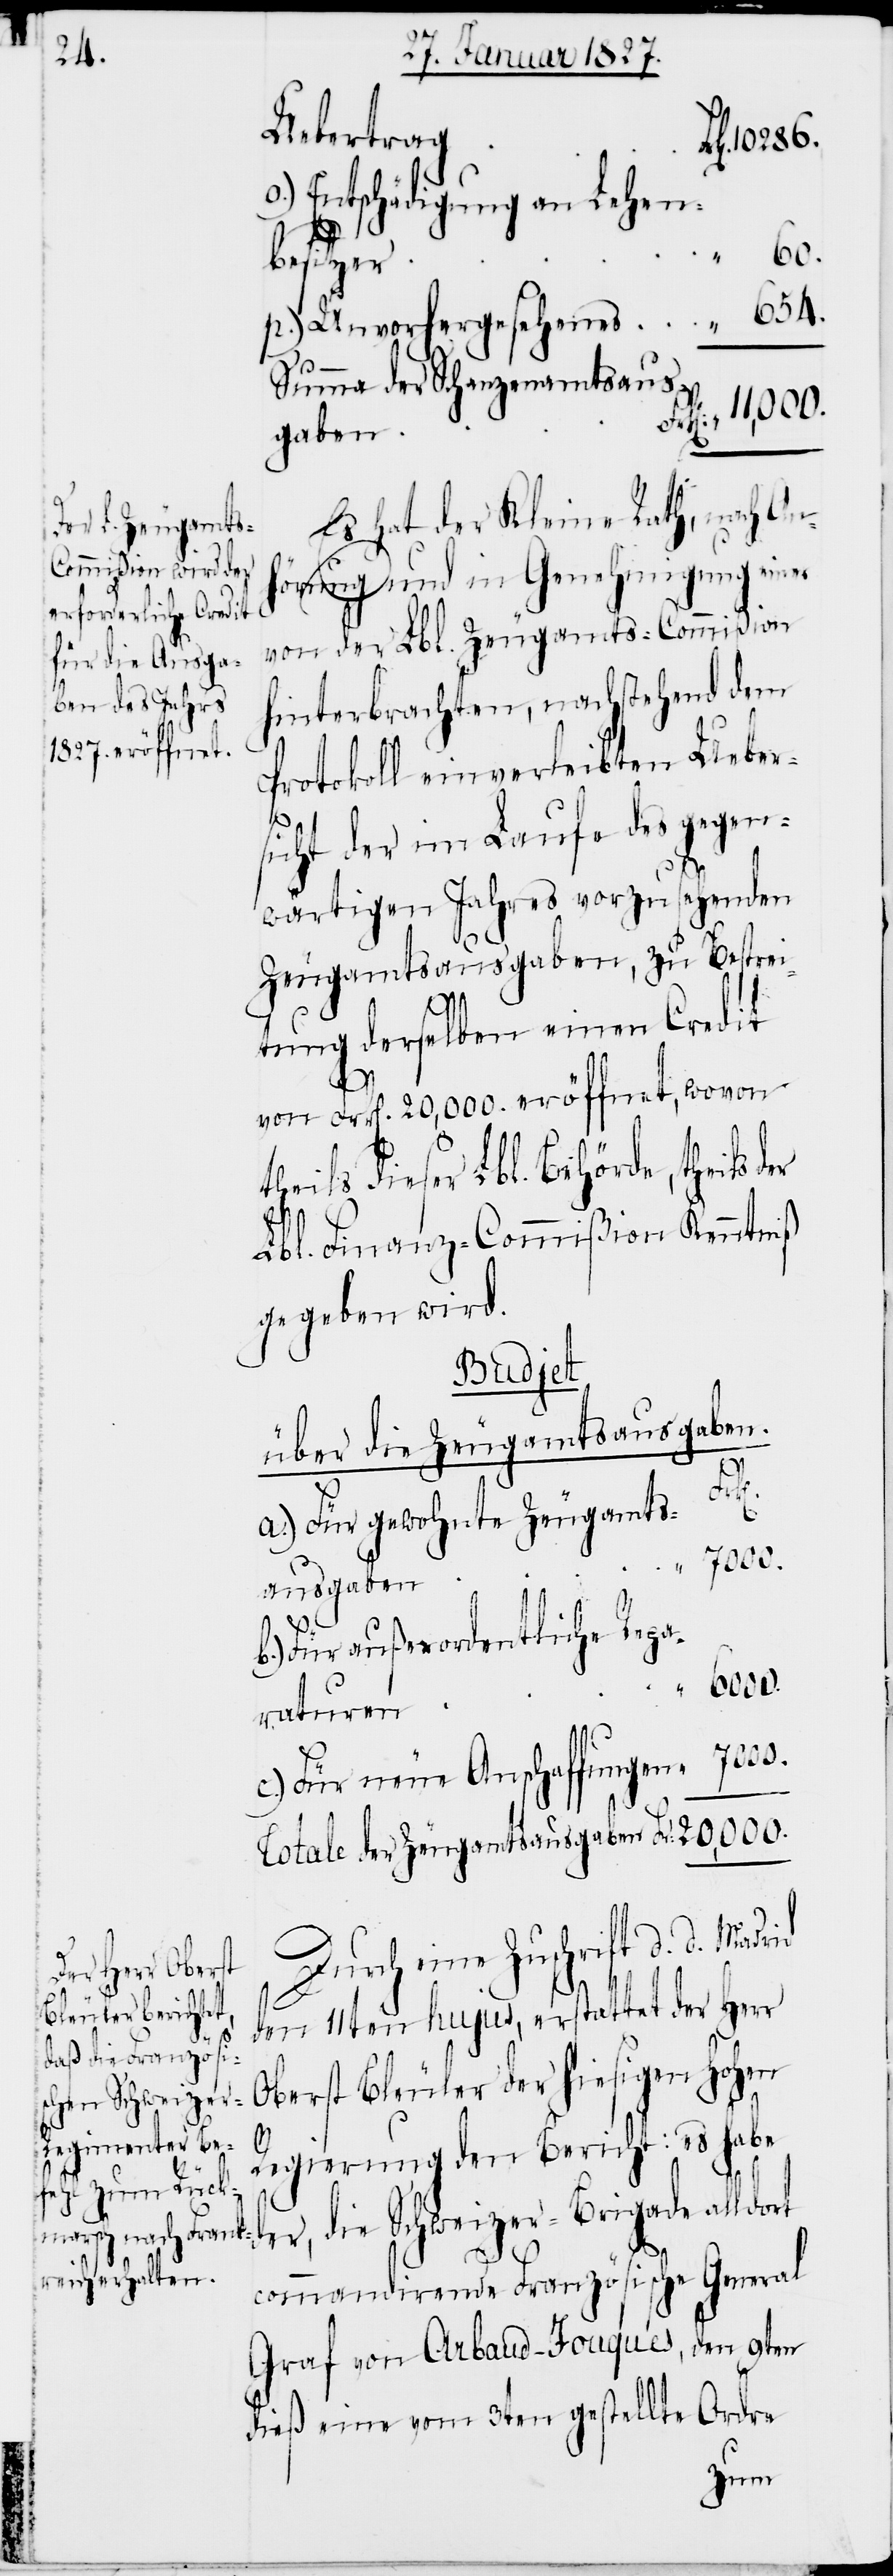
o.) Entschädigung an Lehen¬
besitzer
p.) Unvorhergesehenes
654.
Summe der Schanzenamtsaus¬
gaben
Es hat der Kleine Rath, nach An¬
der Zeugamts¬
hörung und in Genehmigung einer
von der Lbl. Zeugamts-Commißion
hinterbrachten, nachstehend dem
Protokoll einverleibten Ueber¬
sicht der im Laufe des gegen¬
wärtigen Jahres vorzusehenden
Zeugamtsausgaben, zu Bestrei¬
tung derselben einen Credit
von Frk[en]. 20,000. eröffnet, wovon
theils dieser Lbl. Behörde, theils d¬
Totale
Lbl. Finanz-Commißion Kenntniß
gegeben wird.
c.) Für neue
über die Zeugamtsausgaben.
Für
ausgaben
Für außerordentliche
Durch eine Zuschrift d. d. Madrid
den 11ten hujus, erstattet der Herr
Oberst Bleuler der hiesigen Hohen
Regierung den Bericht: es habe
der, die Schweizer-Brigade alldort
commandirende Französische General
Graf von Arbaud-Fouques, den 9ten
dieß eine vom 3ten gestellte Ordre